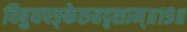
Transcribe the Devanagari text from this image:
विबुधपङ्केरुहदृशाम्॥१९॥